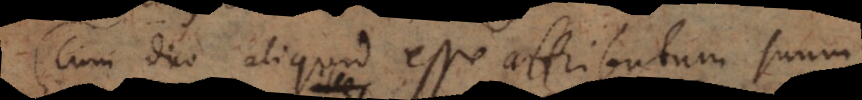
(Cum dico aliquid esse attributum suu